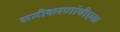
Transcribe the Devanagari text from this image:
समीकरणांचीएक